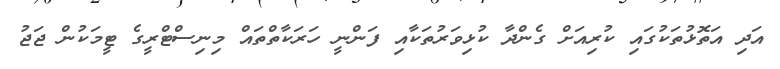
އަދި އަތޮޅުތަކުގައި ކުރިއަށް ގެންދާ ކުޅިވަރުތަކާއި ފަންނީ ހަރަކާތްތައް މިނިސްޓްރީގެ ޓީމަކުން ޖަޖު